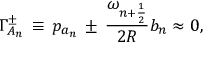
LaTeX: \Gamma _ { A _ { n } } ^ { \pm } \, \equiv \, p _ { a _ { n } } \, \pm \, \frac { \omega _ { n + \frac { 1 } { 2 } } } { 2 R } b _ { n } \approx 0 ,